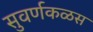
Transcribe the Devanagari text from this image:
सुवर्णकळस